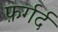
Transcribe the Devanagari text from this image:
फ़र्गर्द